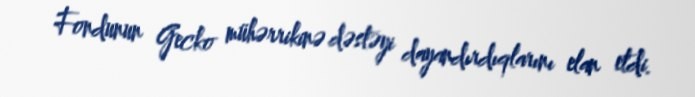
Fondunun Gecko mühərrikinə dəstəyi dayandırdıqlarını elan etdi.